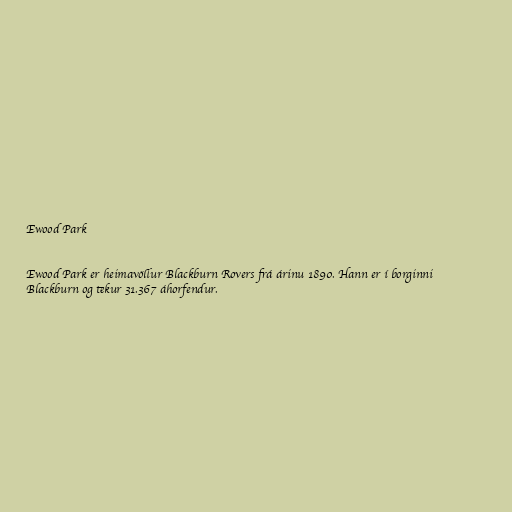
Ewood Park

Ewood Park er heimavöllur Blackburn Rovers frá árinu 1890. Hann er í borginni
Blackburn og tekur 31.367 áhorfendur.